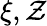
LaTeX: \xi,\mathcal{Z}